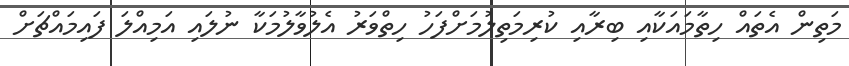
މަތިން އެތައް ހިތާމައަކާއި ބިރާއި ކުރިމަތިލުމަށްފަހު ހިތްވަރު އެލުވާލުމަކާ ނުލައި އަމިއްލަ ފައިމައްޗަށް